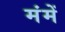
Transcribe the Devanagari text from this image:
मंमें